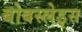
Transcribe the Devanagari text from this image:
बोबस्लेड्स